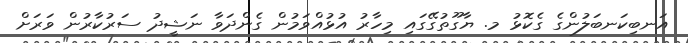
އަނބިކަނބަލުންގެ ގެކޮޅު މ. ޔާގޫތުގޭގައި މިހާރު އުޅުއްވަމުން ގެންދަވާ ނަޝީދު ސަރުކާރުން ވަރަށް